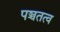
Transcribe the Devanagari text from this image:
पञ्चतत्व